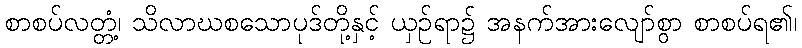
စာစပ်လတ္တံ့၊ သိလာဃစသောပုဒ်တို့နှင့် ယှဉ်ရာ၌ အနက်အားလျော်စွာ စာစပ်ရ၏၊